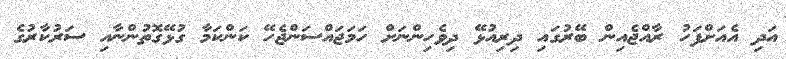
އަދި އެއަށްފަހު ރާއްޖެއިން ބޭރުގައި ދިރިއުޅޭ ދިވެހިންނަށް ހަމަޖައްސަންޖެހޭ ކަންކަމާ ގުޅޭގޮތުންނާއި ސަރުކާރުގެ